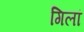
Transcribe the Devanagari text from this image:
गिलां